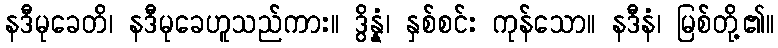
နဒီမုခေတိ၊ နဒီမုခေဟူသည်ကား။ ဒွိန္နံ၊ နှစ်စင်း ကုန်သော။ နဒီနံ၊ မြစ်တို့၏။